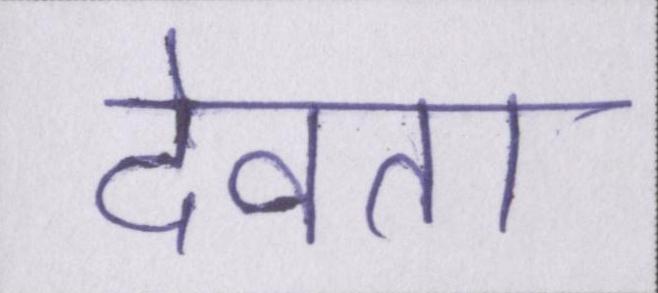
देवता